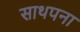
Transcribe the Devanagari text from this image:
साथपना